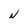
Character: N